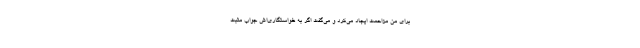
برای من مزاحمت ایجاد می‌کرد و می‌گفت اگر به خواستگاری‌اش جواب مثبت